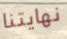
نهايتنا